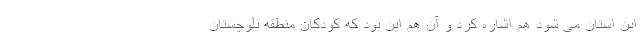
این استان می شود هم اشاره کرد و آن هم این بود که کودکان منطقه بلوچستان